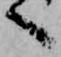
へ